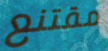
مقتنع